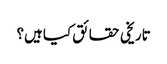
تاریخی حقائق کیا ہیں؟